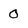
Character: 0